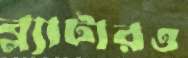
ব্ল্যাটারও